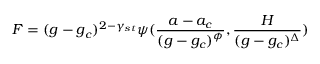
F = ( g - g _ { c } ) ^ { 2 - \gamma _ { s t } } \psi ( { \frac { a - a _ { c } } { ( g - g _ { c } ) ^ { \phi } } } , { \frac { H } { ( g - g _ { c } ) ^ { \Delta } } } )